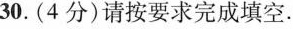
30.(4分)请按要求完成填空。